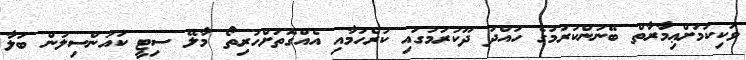
ވަކިކަމަށްޢިމާރާތް ބޭނުންކުރުމުގެ ހުއްދަ ދޫކުރުމުގައި ކުރެހުމާއި އެއްގޮތަށްހުރިތޯ މާލޭ ސިޓީ ކައުންސިލުން ބަލާ